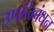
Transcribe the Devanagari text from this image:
उपनिबंधन